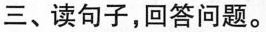
三、读句子，回答问题。